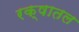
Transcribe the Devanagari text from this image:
रक्षातल